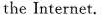
the Internet.